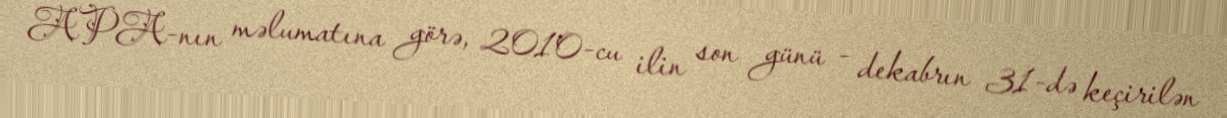
APA-nın məlumatına görə, 2010-cu ilin son günü - dekabrın 31-də keçirilən